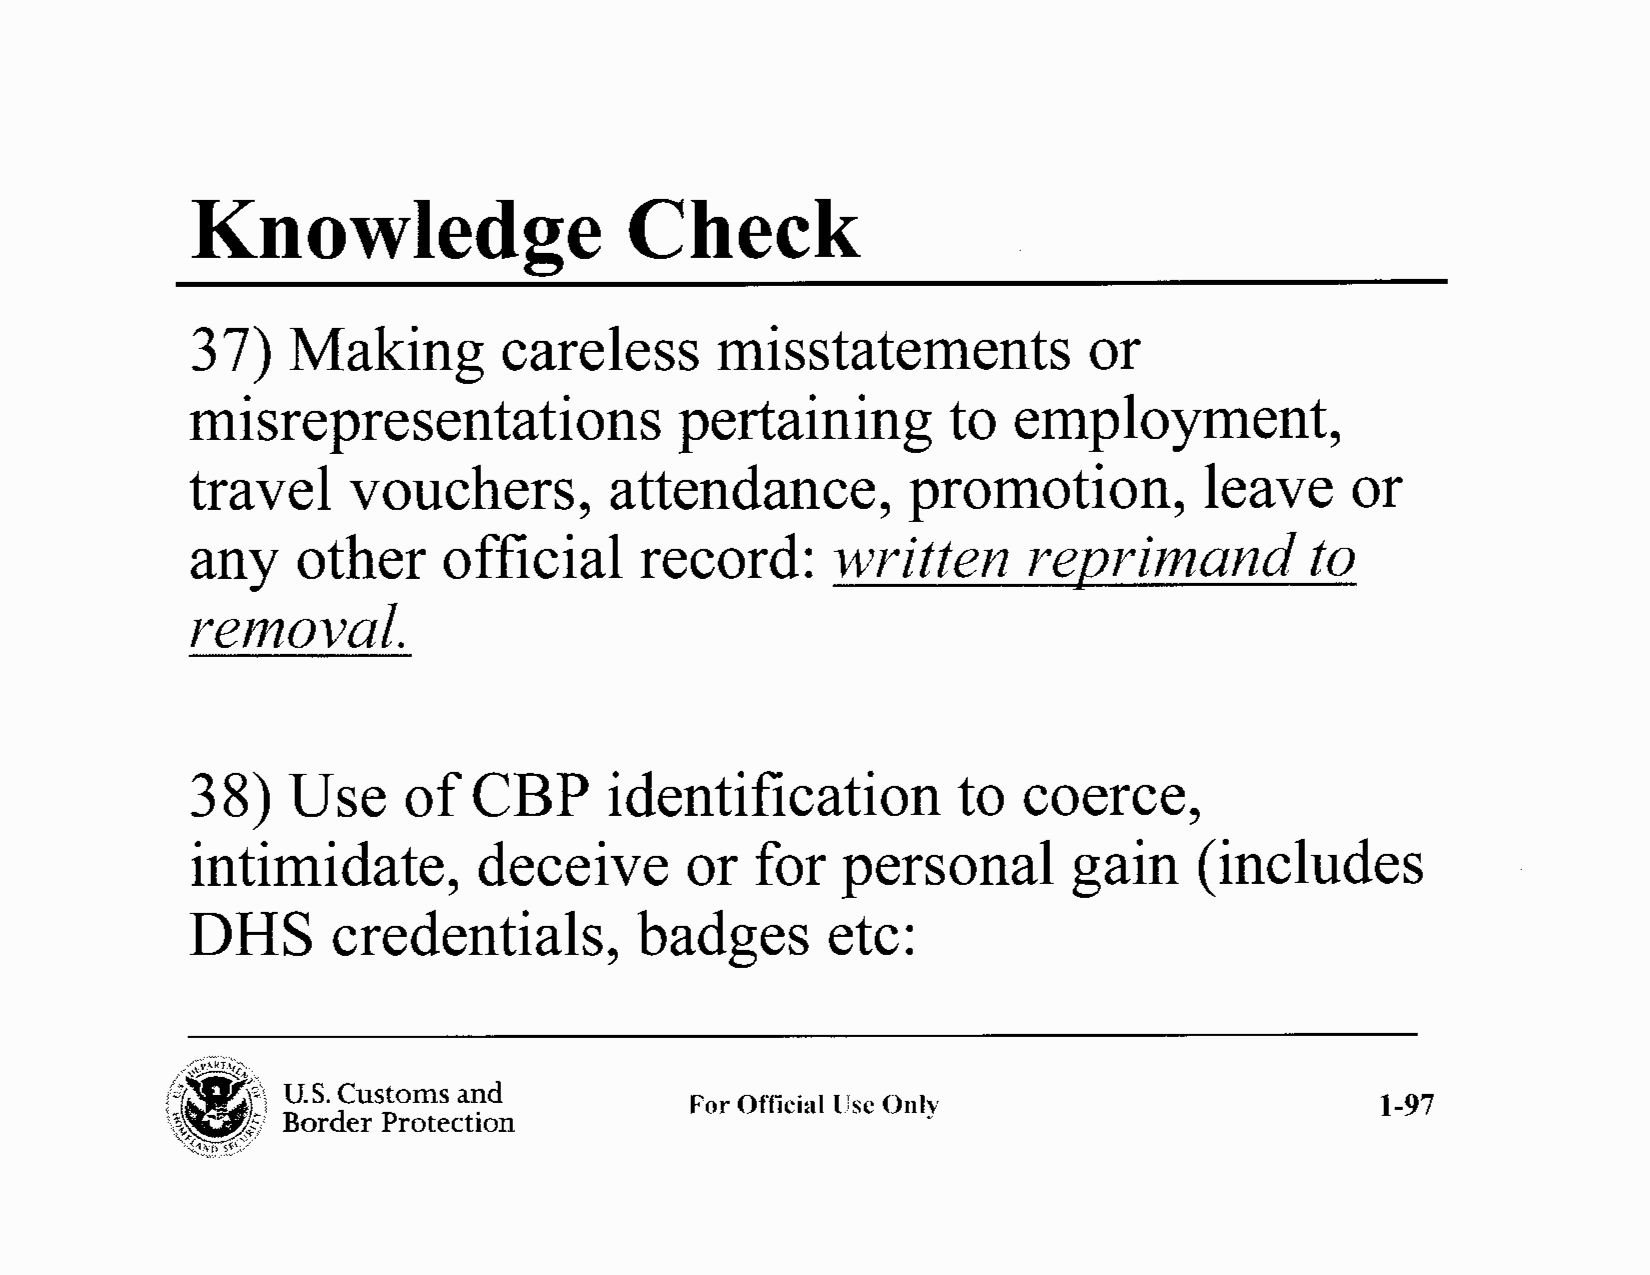
Knowledge                   Check
 3 7)  Making        careless      misstatements            or
 misrepresentations              pertaining        to  employment,
 travel     vouchers,        attendance,         promotion,          leave    or
 any    other    official     record:      written      reJJrimand         to
 removal.
 38)    Use     of  CBP      identification         to   coerce,
 intimidate,         deceive      or   for   personal       gain    (includes
 DHS       credentials,        badges       etc:
 I.ii"~"·>,
 ,,~y\Rf~1c~'
 f:i  i\ U.S. Customs and
 For Official lJse Only                        1-97
 \\~(    Border Protection
 '(~~E-~\(~-'